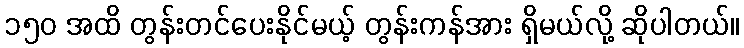
၁၅၀ အထိ တွန်းတင်ပေးနိုင်မယ့် တွန်းကန်အား ရှိမယ်လို့ ဆိုပါတယ်။